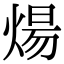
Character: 煬